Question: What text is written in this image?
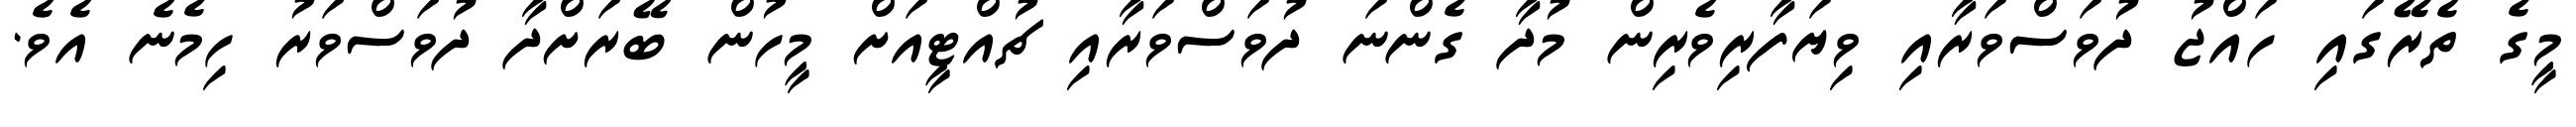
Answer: މީގެ ތެރޭގައި ހައްޖު ދުވަސްވަރާއި ވިޔަފާރިވެރިން މުދާ ގެންނަ ދުވަސްވަރާއި ޗުއްޓީއަށް މީހުން ބޭރަށްދާ ދުވަސްވަރު ހިމެނެ އެވެ.